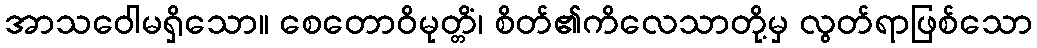
အာသဝေါမရှိသော။ စေတောဝိမုတ္တိံ၊ စိတ်၏ကိလေသာတို့မှ လွတ်ရာဖြစ်သော